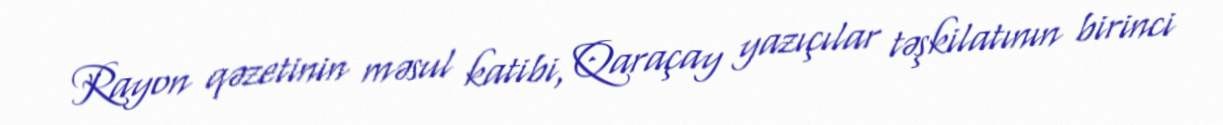
Rayon qəzetinin məsul katibi, Qaraçay yazıçılar təşkilatının birinci